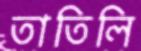
তাতিলি